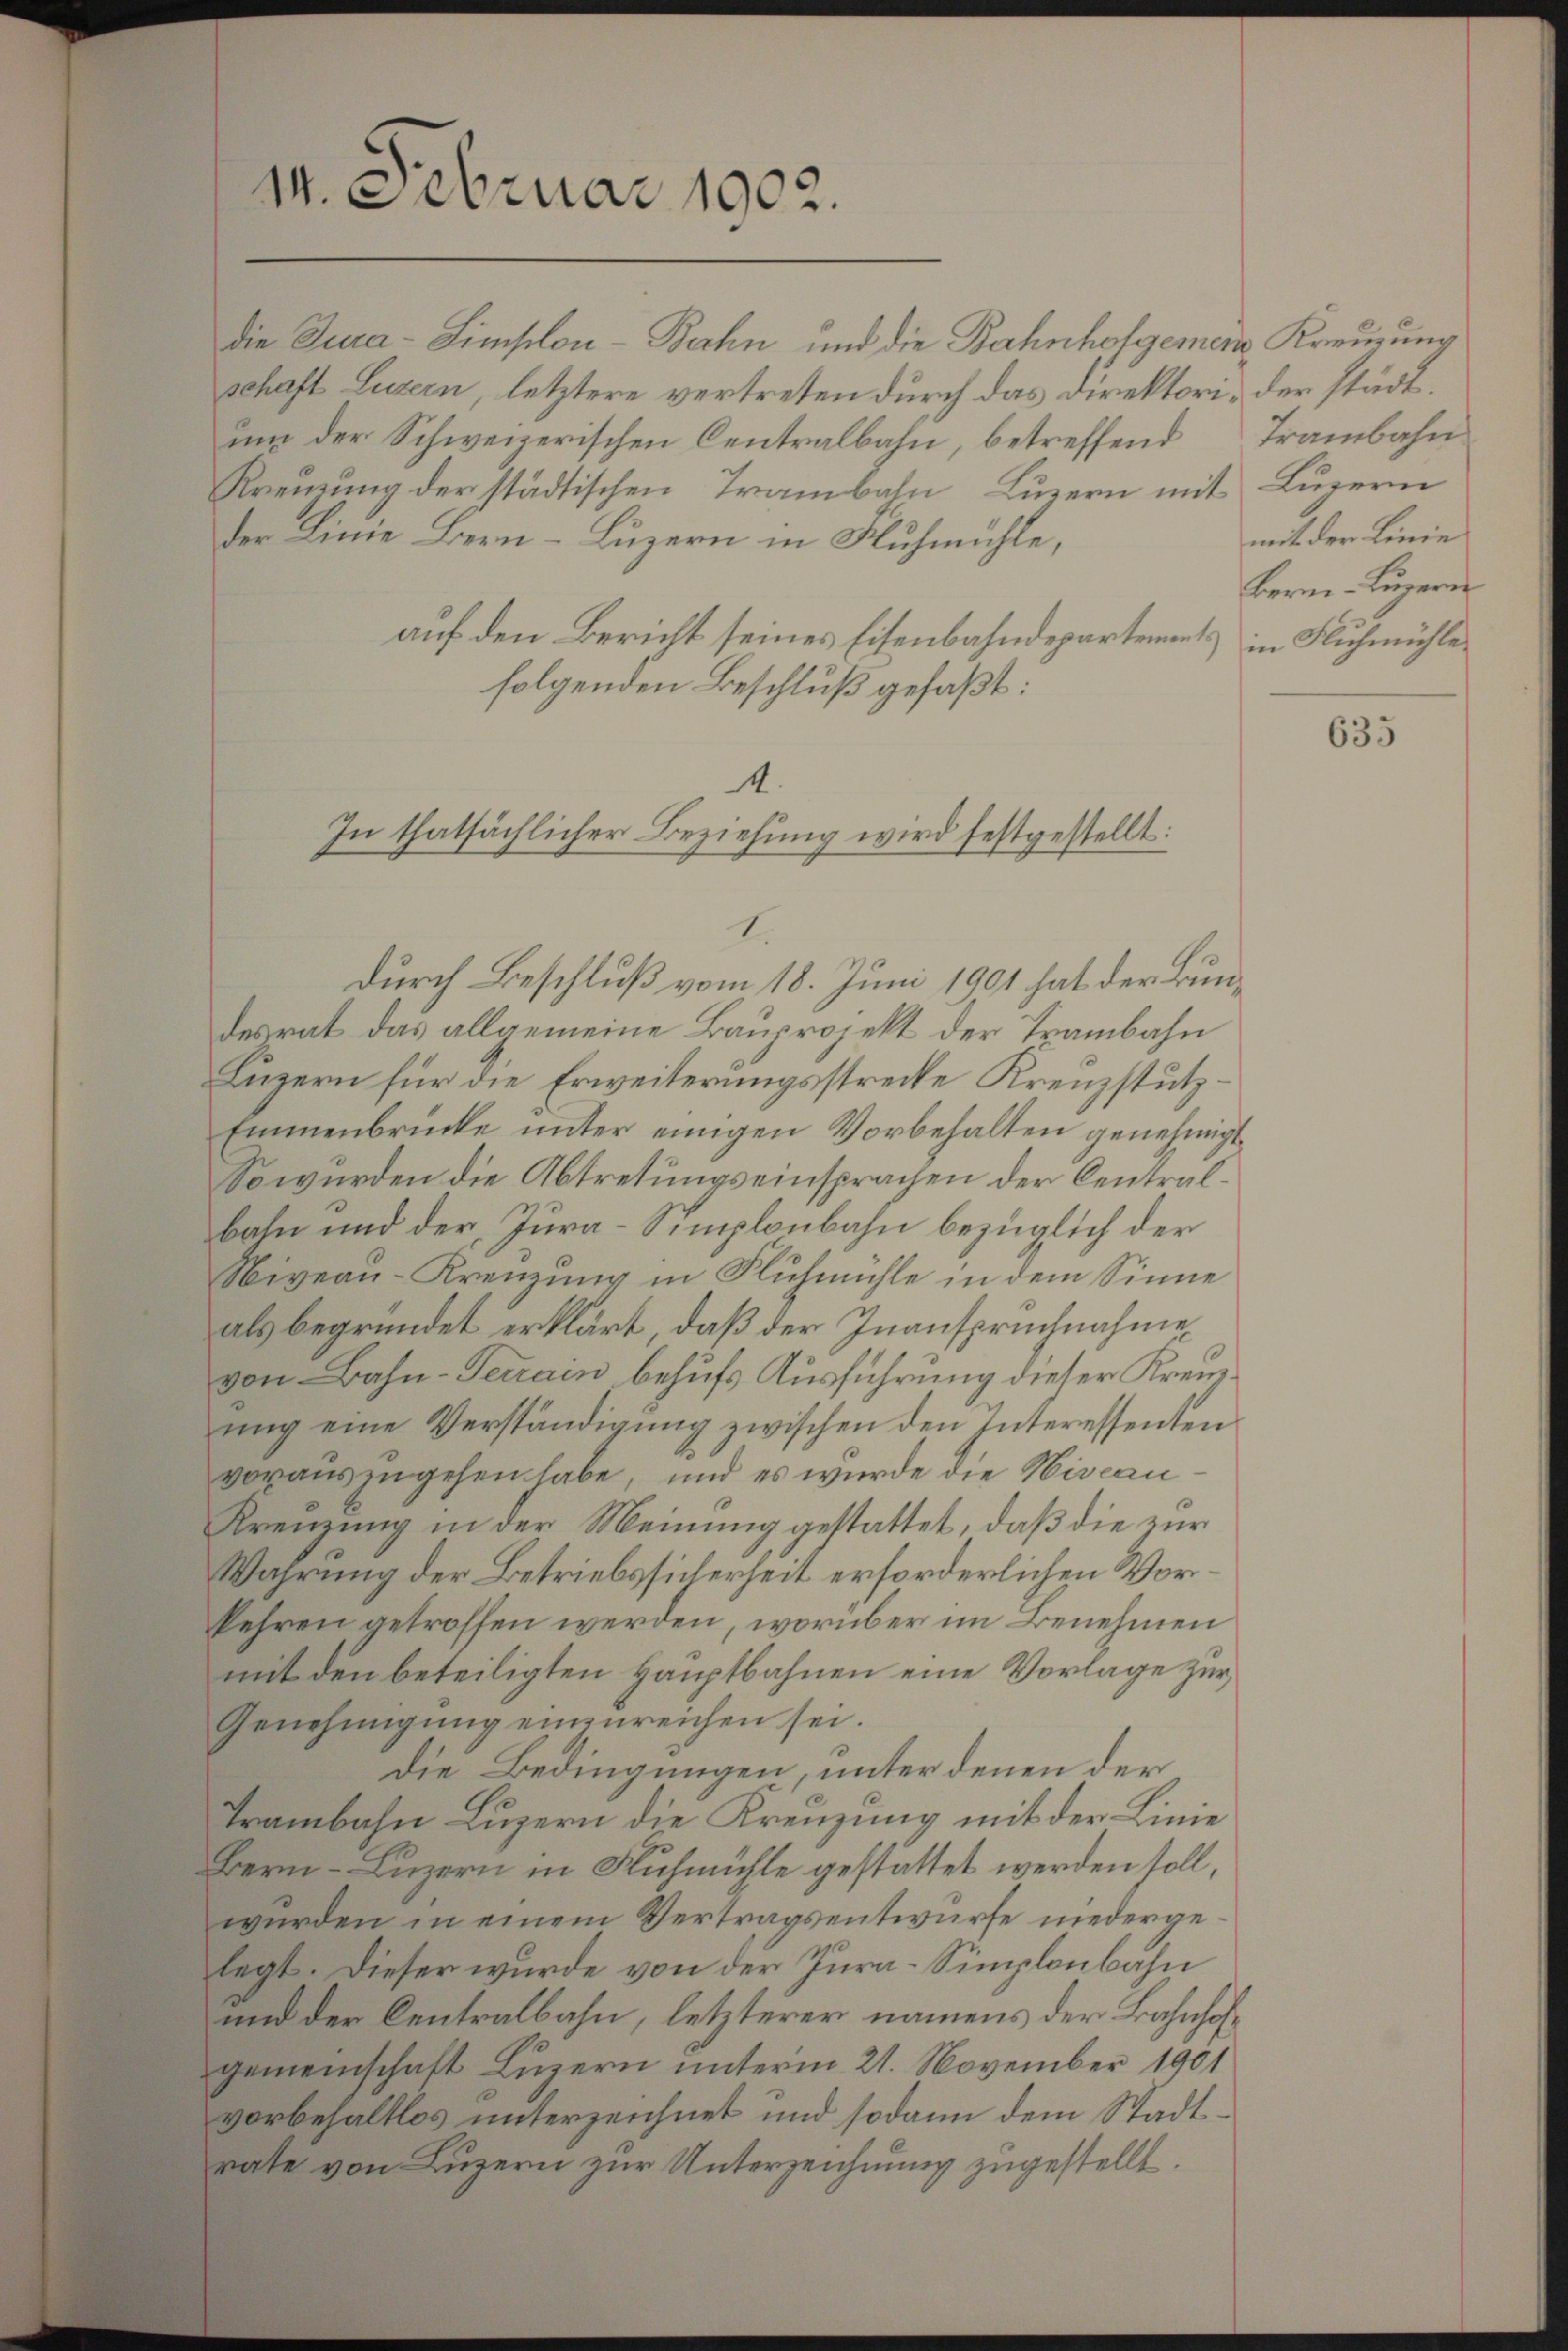
14. Februar 1902.

die Jura-Simplon - Bechn und die Bahnhofgemen Kreuzung
schaft Luzern, letztere vertreten durch das Direktori- der städtum der Schweizerischen Centralbahn, betreffend Trambahn
Kreuzung der städtischen Trambahn, Luzern mit Luzern
der Linie Bern–Luzern in Ruhmühle,
auf den Bericht seines Eisenbahndepartements in Fluhmühle
folgenden Beschluß gefaßt:
4.

In thatsächlicher Beziehung wird festgestellt:
4.
durch Beschluß vom 18. Juni 1901 hat der Bun¬

mit der Linie
Bern Luzern

desrat das allgemeine Bauprojekt der Trambahn
Luzern für die Erweiterungsstrecke Krenzstutz.
Emmenbrücke unter einigen Vorbehalten genehmigt
So wurden die Abtretungseinsprachen der Centralbahn und der Jura-Simplonbahn bezüglich der
Niveau-Kreuzung in Fluhmühle in dem Sinne
als begründet erklärt, daß der Inanspruchnahme
von Bahn-Terrain behufs Ausführung dieser Kreuzŭng eine Verständigŭng zwischen den Interessenten
vorauszugehen habe, und es wurde die Niveau
Krenzung in der Meinung gestattet, daß die zur
Wahrung der Betriebssicherheit erforderlichen Vorkehren getroffen werden, worüber im Benehmen
mit den beteiligten Hauptbahnen eine Vorlage zur
Genehmigŭng einzureichen sei.
Die Bedingungen, unter denen der
Trambahn Luzern die Kreuzung mit der Linie
Bern–Luzern in Fuhmühle gestattet werden soll,
wurden in einem Vertragsentwurfe niedergelegt. Dieser wurde von der Jura-Simplonbahn
und der Centralbahn, letzterer namens der Bahnhofgemeinschaft Luzern unterm 21. November 1901
vorbehaltlos unterzeichnet und sodann dem Stadtrate von Luzern zur Unterzeichnung zugestellt.

635